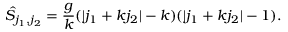
\hat { S } _ { j _ { 1 } , j _ { 2 } } = \frac { g } { k } ( | j _ { 1 } + k j _ { 2 } | - k ) ( | j _ { 1 } + k j _ { 2 } | - 1 ) .